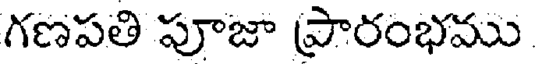
గణపతి పూజా ప్రారంభము